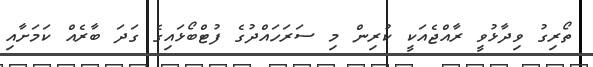
ތޯރިގު ވިދާޅުވީ ރާއްޖެއަކީ ކުރިން މި ސަރަހައްދުގެ ފުޓްބޯޅައިގެ ގަދަ ބާރެއް ކަމަށާއި